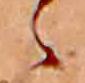
ゝ